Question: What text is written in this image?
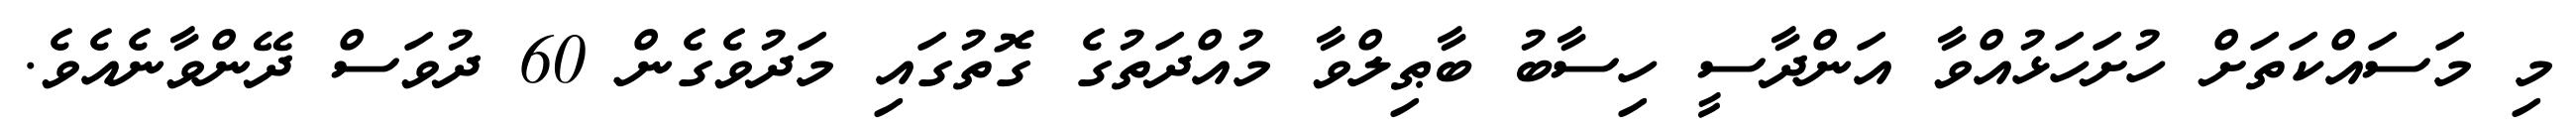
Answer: މި މަސައްކަތަށް ހުށަހަޅުއްވާ އަންދާސީ ހިސާބު ބާޠިލްވާ މުއްދަތުގެ ގޮތުގައި މަދުވެގެން 60 ދުވަސް ދޭންވާނެއެވެ.